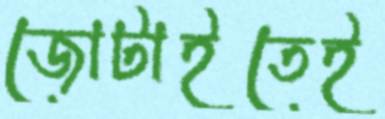
জোটাইতেই